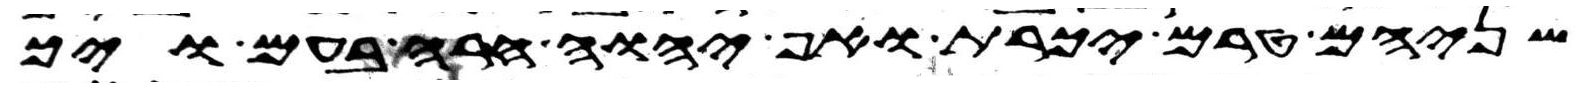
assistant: שניהם טרם יכרת ואף יהוה חרה בעם ויך